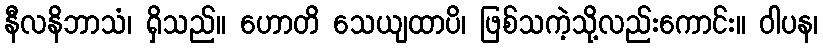
နီလနိဘာသံ၊ ရှိသည်။ ဟောတိ သေယျထာပိ၊ ဖြစ်သကဲ့သို့လည်းကောင်း။ ဝါပန၊